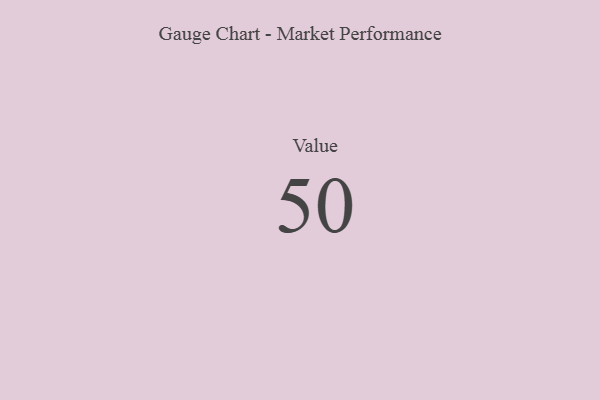
{"axis": {"x": "Metric", "y": "Value"}, "legend": [""], "data": [{"x": "Value", "y": 50, "type": ""}]}